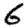
Digit: 6